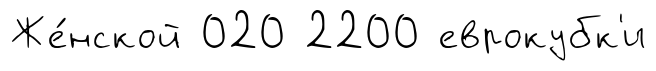
Же́нской 020 2200 еврокубк'и